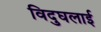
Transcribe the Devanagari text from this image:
विदुघलाई